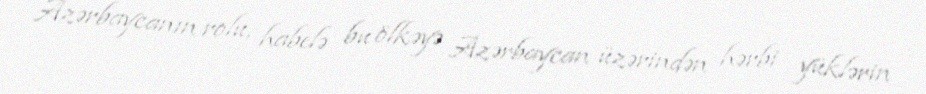
Azərbaycanın rolu, habelə bu ölkəyə Azərbaycan üzərindən hərbi yüklərin